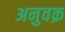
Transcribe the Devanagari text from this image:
अनुवक्र